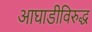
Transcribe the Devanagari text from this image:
आघाडीविरुद्ध